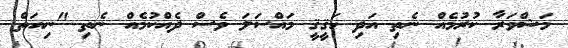
މަޝްވަރާ ކުރުމެއް ނެތި އަދި ހަޤީޤީ މައްސަލަ ވެސް ދެއްކުމެއް ނެތި "ނިއަތް